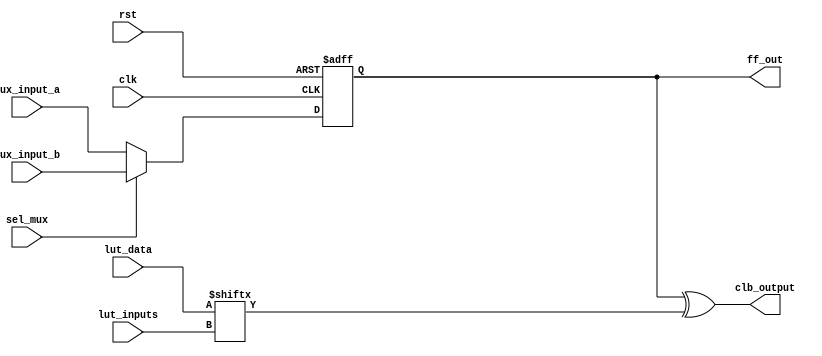
module configurable_logic_block #(
    parameter LUT_SIZE = 16,  // Assuming 4-input LUT
    parameter FF_COUNT = 1    // Number of flip-flops
)(
    input wire [3:0] lut_inputs,      // 4 inputs to the LUT
    input wire [LUT_SIZE-1:0] lut_data, // LUT data (truth table)
    input wire sel_mux,               // MUX select signal
    input wire mux_input_a,           // MUX input A
    input wire mux_input_b,           // MUX input B
    input wire clk,                   // Clock for flip-flops
    input wire rst,                   // Asynchronous reset
    output reg [FF_COUNT-1:0] ff_out, // Output from flip-flop
    output wire clb_output            // Final CLB output
);

// Look-Up Table (LUT)
wire lut_output;
assign lut_output = lut_data[lut_inputs];

// 2-to-1 Multiplexer
wire mux_output;
assign mux_output = sel_mux ? mux_input_b : mux_input_a;

// Flip-Flops (FFs) for feedback
genvar i;
generate 
    for (i = 0; i < FF_COUNT; i = i + 1) begin : flip_flop_gen
        always @(posedge clk or posedge rst) begin
            if (rst) begin
                ff_out[i] <= 1'b0;
            end else begin
                ff_out[i] <= mux_output; // Store the mux output
            end
        end
    end
endgenerate

// CLB output
assign clb_output = ff_out[0] ^ lut_output;  // Example combination with LUT output

endmodule